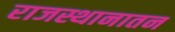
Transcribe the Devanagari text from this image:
राजस्थानातन